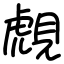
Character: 覤